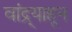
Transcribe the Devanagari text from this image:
वांद्र्याहून